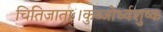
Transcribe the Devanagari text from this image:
चितिजाताः।कुब्जोर्ध्वशुष्क